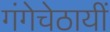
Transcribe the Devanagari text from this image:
गंगेचेठायीं